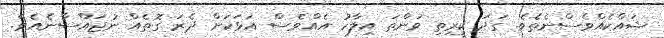
ޝައްކެއްވެސްނެތެވެ. ގަދަ ކީރިތި ވަންތަ އިލާހު އެއްވެސް އަޅަކަށް ދެރަ ގޮތެއް ނުޖައްސާނެއެވެ.